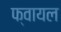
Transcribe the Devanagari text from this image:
फ्वायल